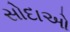
સોદાઓ